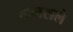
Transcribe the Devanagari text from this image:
कमसले